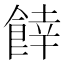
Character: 𩜜